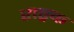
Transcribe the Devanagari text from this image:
राष्ट्रक